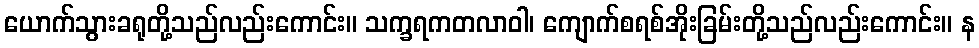
ယောက်သွားခရုတို့သည်လည်းကောင်း။ သက္ခရကတလာဝါ၊ ကျောက်စရစ်အိုးခြမ်းတို့သည်လည်းကောင်း။ န